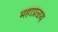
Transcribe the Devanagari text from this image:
महाप्रळय